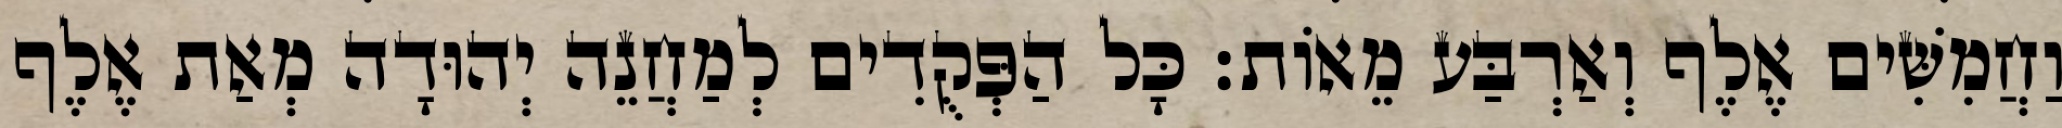
וַחֲמִשִּׁים אֶלֶף וְאַרְבַּע מֵאוֹת׃ כָּל הַפְּקֻדִים לְמַחֲנֵה יְהוּדָה מְאַת אֶלֶף